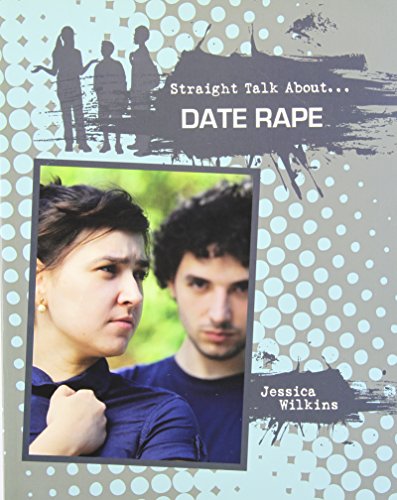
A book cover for Date Rape (Straight Talk About...(Crabtree)); Wilkins Jessica; Teen & Young Adult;